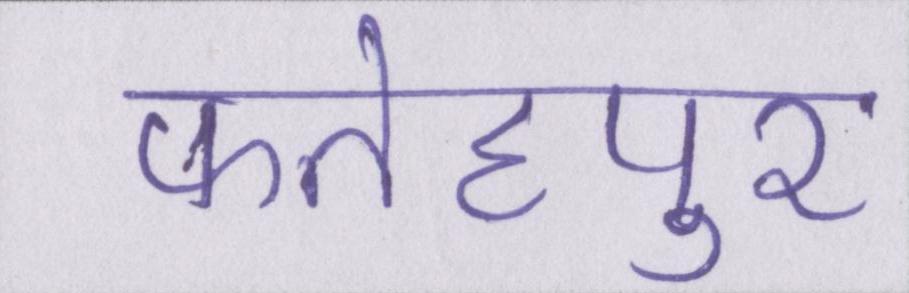
फतेहपुर